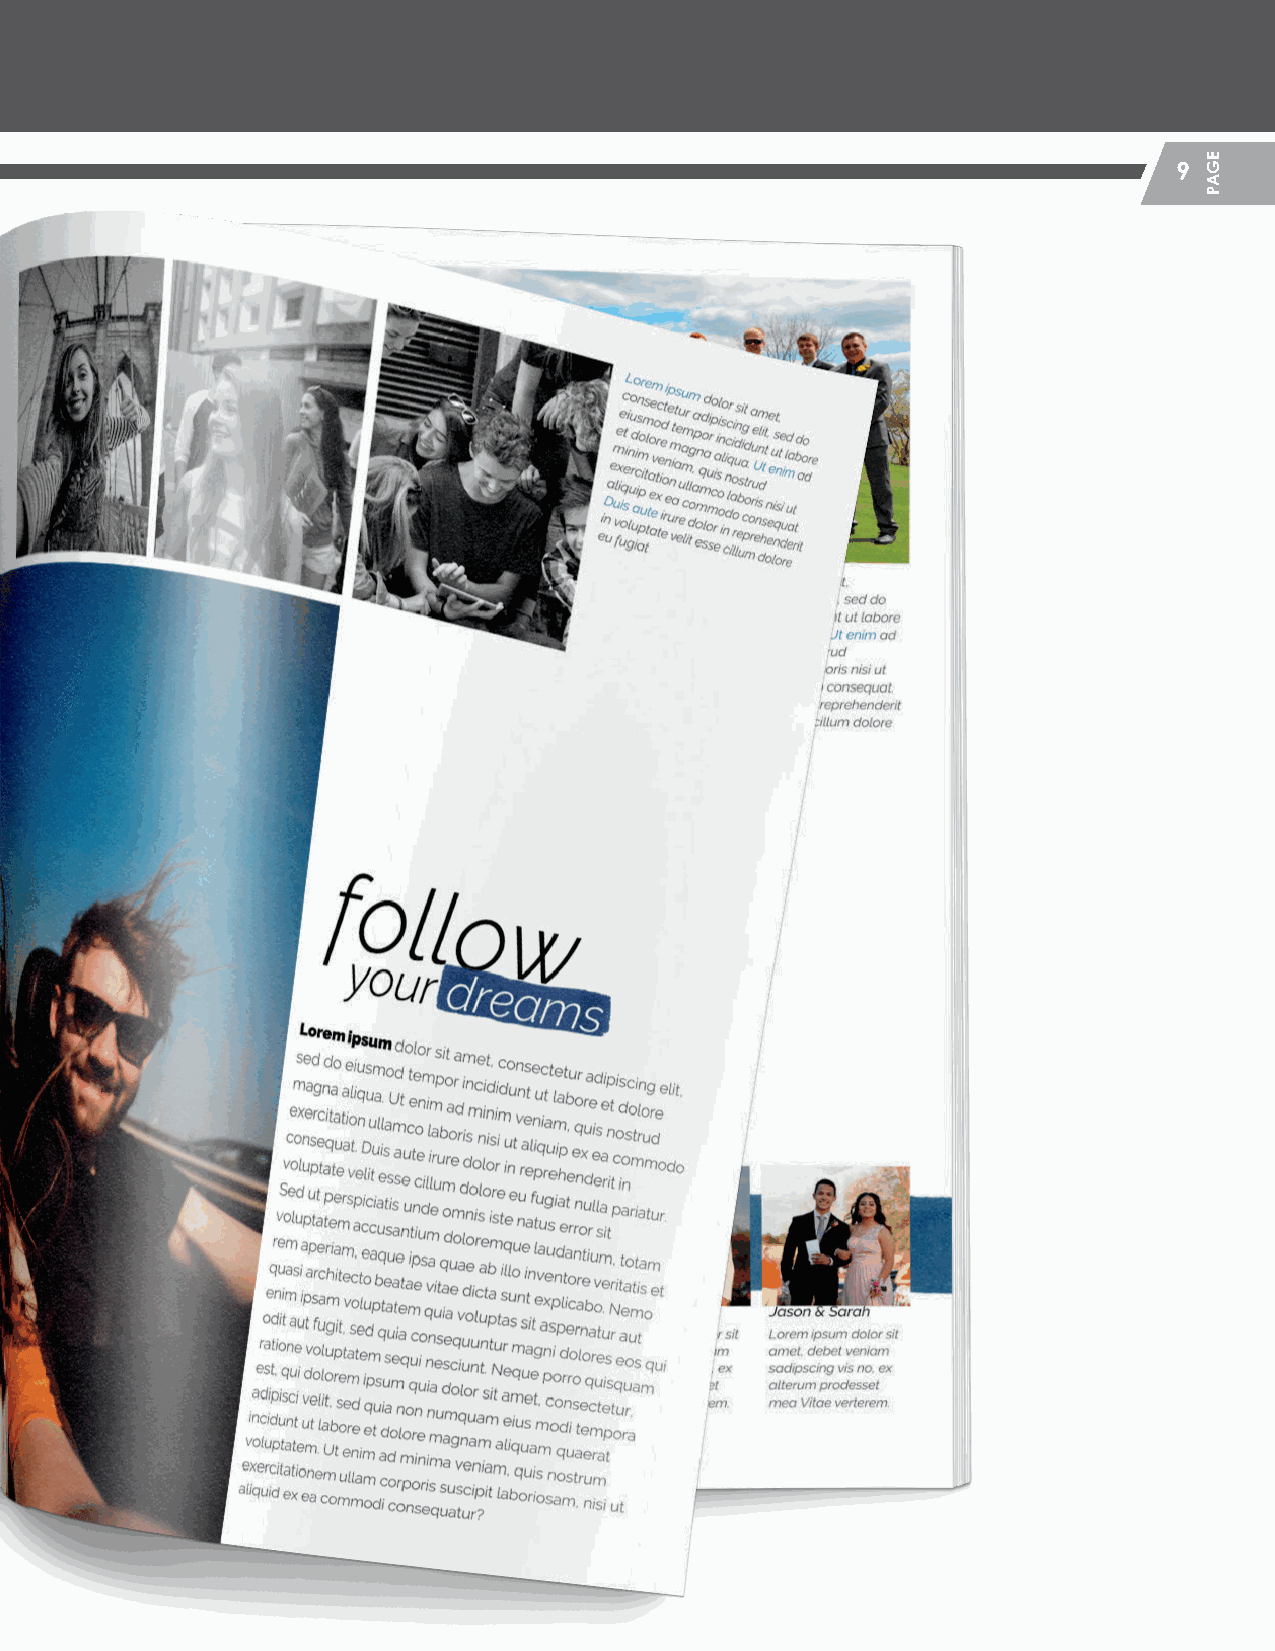
9
 HHSS__CCrreeaattiivvee__GGuuiiddeePPFF__MMSS..iinndddd 99                   22//55//2200 1122::1122 PPMM
 EGAP